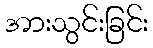
အားသွင်းခြင်း